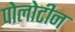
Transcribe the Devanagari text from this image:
पोलोटीन